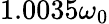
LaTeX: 1.0035\omega_{0}